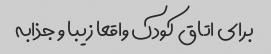
برای اتاق کودک واقعا زیبا و جذابه